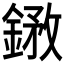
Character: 𨩺